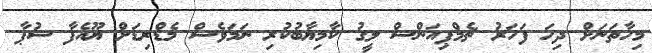
މިހާތަނަށް ދިހަ ފަހަރު ޗެމްޕިއަންސް ލީގު ކާމިޔާބުކުރި ނަމަވެސް މެޑްރިޑަށް ޔޫއެފާ ސުޕާ